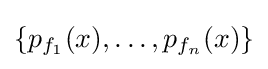
\{p_{f_{1}}(x),\ldots ,p_{f_{n}}(x)\}